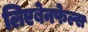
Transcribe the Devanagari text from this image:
लिएबेनफेल्स